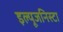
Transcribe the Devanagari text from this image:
इल्‍यूजनिस्‍टा